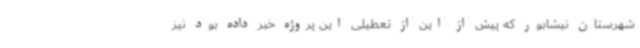
شهرستان نیشابور که پیش از این از تعطیلی این پروژه خبر داده بود نیز